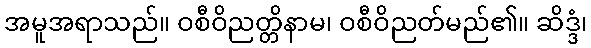
အမူအရာသည်။ ဝစီဝိညတ္တိနာမ၊ ဝစီဝိညတ်မည်၏။ ဆိဒ္ဒံ၊